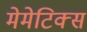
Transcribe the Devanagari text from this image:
मेमेटिक्स